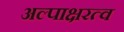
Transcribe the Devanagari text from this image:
अल्पाक्षरत्व